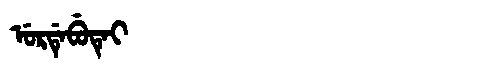
Manchu: ᡠᡵᡩᡝᠪᡠᡨᡝᡳ
Romanization: URDEBUTEI